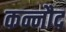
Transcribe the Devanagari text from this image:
कन्नौद